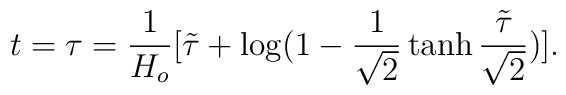
t=\tau=\frac{1}{H_o}[\tilde{\tau}+\log(1-\frac{1}{\sqrt{2}}\tanh\frac{\tilde{\tau}}{\sqrt{2}})].